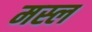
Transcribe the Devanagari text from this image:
मस्ल